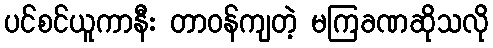
ပင်စင်ယူကာနီး တာဝန်ကျတဲ့ မကြခဏဆိုသလို